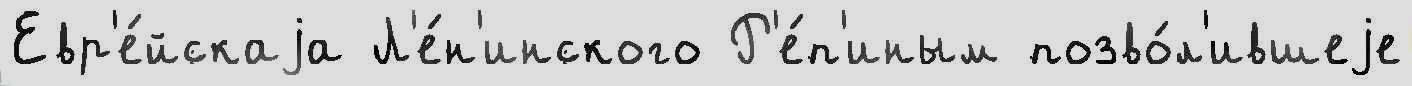
Евр'е́йскаjа Л'е́н'инского Р'е́п'иным позво́л'ившеjе